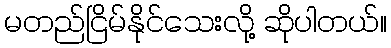
မတည်ငြိမ်နိုင်သေးလို့ ဆိုပါတယ်။